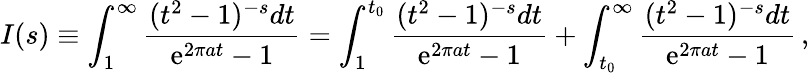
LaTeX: I(s)\equiv\int_{1}^{\infty}{\frac{(t^{2}-1)^{-s}dt}{\mathrm{e}^{2\pi at}-1}}=\int_{1}^{t_{0}}{\frac{(t^{2}-1)^{-s}dt}{\mathrm{e}^{2\pi at}-1}}+\int_{t_{0}}^{\infty}{\frac{(t^{2}-1)^{-s}dt}{\mathrm{e}^{2\pi at}-1}}\, ,